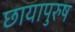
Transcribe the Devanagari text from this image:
छायापुरुष